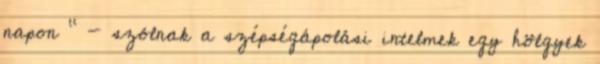
napon " - szólnak a szépségápolási intelmek egy hölgyek